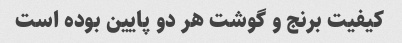
کیفیت برنج و گوشت هر دو پایین بوده است